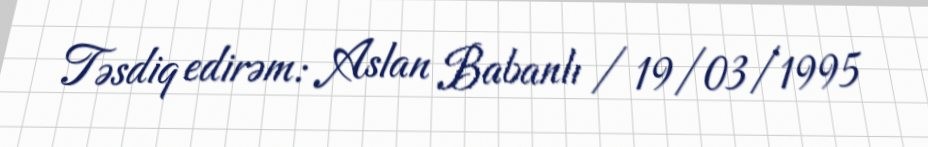
Təsdiq edirəm: Aslan Babanlı / 19/03/1995